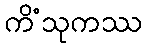
ကိံသုကဿ